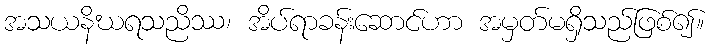
အသယနိဃရသညိဿ၊ အိပ်ရာခန်းဆောင်ဟာ အမှတ်မရှိသည်ဖြစ်၍။